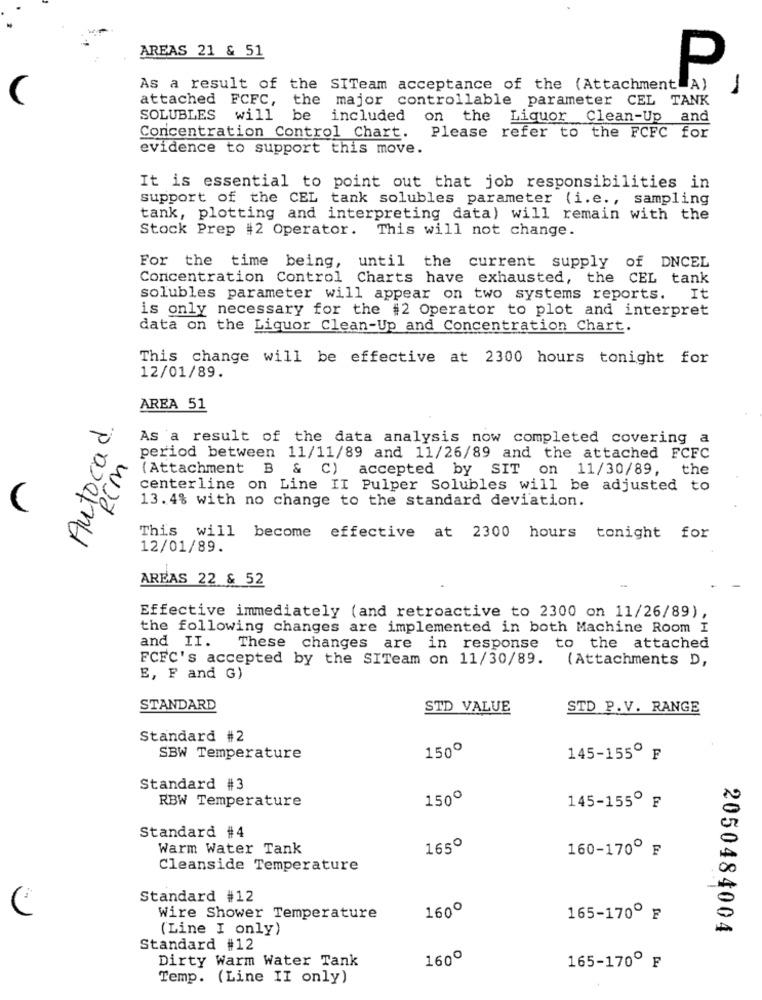
AREAS 21 & 51
P
As a result of the SITeam acceptance of the (Attachment A)
-
V
attached
FCFC, the major controllable parameter CEL TANK
SOLUBLES will be
included on the Liquor Clean-Up and
Concentration Control Chart. Please refer to the FCFC for
evidence to support this move.
It is essential to point out that job responsibilities in
support of the CEL tank solubles parameter (i.e ., sampling
tank, plotting and interpreting data) will remain with the
Stock Prep #2 Operator. This will not change.
For the time being, until the current supply of DNCEL
Concentration Control Charts have exhausted, the CEL tank
solubles parameter will appear on two systems reports. It
is only necessary for the #2 Operator to plot and interpret
data on the Liquor Clean-Up and Concentration Chart.
This change will be effective at 2300 hours tonight for
12/01/89.
AREA 51
Autocad
As a result of the data analysis now completed covering a
REM
period between 11/11/89 and 11/26/89 and the attached FCFC
(Attachment B & C)
accepted by SIT on 11/30/89, the
centerline on Line II Pulper Solubles will be adjusted to
13.4% with no change to the standard deviation.
This will become effective at 2300 hours tonight for
12/01/89.
AREAS 22 & 52
Effective immediately (and retroactive to 2300 on 11/26/89),
the following changes are implemented in both Machine Room I
and II.
These changes are in response to the attached
FCFC's accepted by the SITeam on 11/30/89. (Attachments D,
E, F and G)
STANDARD
STD VALUE
STD P.V. RANGE
Standard #2
150º
SBW Temperature
145-155º F
Standard #3
RBW Temperature
150º
145-155º F
Standard #4
Warm Water Tank
1650
160-170º F
Cleanside Temperature
Standard #12
1600
Wire Shower Temperature
165-170º F
(Line I only)
2050484004
Standard #12
160º
Dirty Warm Water Tank
165-170º F
Temp. (Line II only)